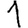
Digit: 1